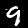
Digit: 9